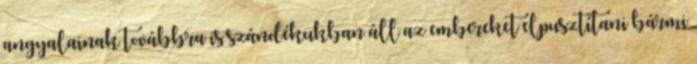
angyalainak továbbra is szándékukban áll az embereket elpusztítani bármi